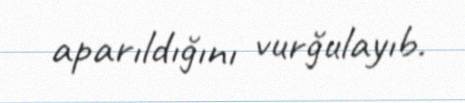
aparıldığını vurğulayıb.